Vaccination North-Western Provinces and Oudh 1896-1901 - 1896-1901
Year: 1896
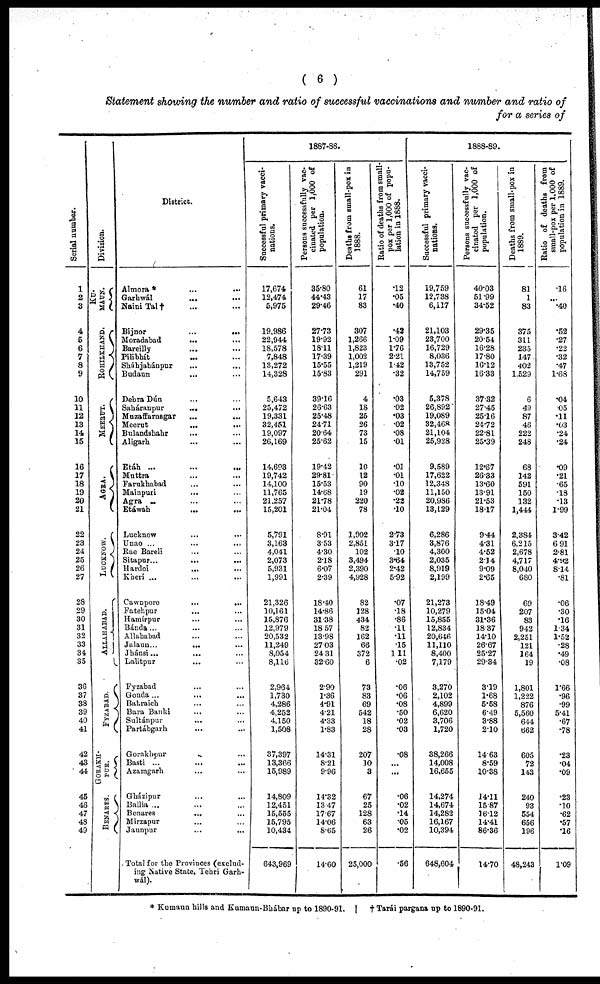
( 6 )
Statement showing the number and ratio of successful vaccinations and number and ratio of
for a series of
Serial number.
1
2
3
4
5
6
7
8
9
10
11
12
13
14
15
16
17
18
19
20
21
22
23
24
25
26
27
28
29
30
31
32
33
34
35
36
37
38
39
40
41
42
43
44
45
46
47
48
49
Division.
KU¬
MAUN.
ROHILKHAND.
MEERUT.
AGRA.
LUCKNOW.
ALLAHABAD.
FYZABAD.
GORAKH¬
PUR.
BENARES.
District.
Almora * ... ...
Garhwál
...
...
Naini Tal † ... ...
Bijnor
...
...
Moradabad
... ...
Bareilly ... ...
Pilibhít ... ...
Sháhjahánpur ... ...
Budaun ... ...
Dehra Dún ... ...
Saháranpur
... ...
Muzaffarnagar
...
...
Meerut
...
...
Bulandshahr ... ...
Aligarh ... ...
Etáh ... ... ...
Muttra ... ...
Farukhabad ... ...
Mainpuri ... ...
Agra ... ... ...
Etáwah ... ...
Lucknow ... ...
Unao ... ... ...
Rae Bareli ... ...
Sitapur... ... ...
Hardoi
... ...
Kheri ... ... ...
Cawnpore
...
...
Fatehpur
... ...
Hamírpur ... ...
Bánda ... ... ...
Allahabad ... ...
Jalaun... ... ...
Jhánsi... ... ...
Lalitpur ... ...
Fyzabad ... ...
Gonda ... ... ...
Bahraich ... ...
Bara Banki ... ...
Sultánpur ... ...
Partábgarh ... ...
Gorakhpur ...
Basti ...
... ...
Azamgarh ... ...
Gházipur ... ...
Ballia ... ... ...
Benares ... ...
Mirzapur ... ...
Jaunpur
...
...
Total for the Provinces (exclud-
ing Native State, Tehri Garh¬
wál).
1887-88.
Successful primary vacci-
nations.
17,674
12,474
5,975
19,986
22,944
18,578
7,848
13,272
14,328
5,643
25,472
19,331
32,451
19,097
26,169
14,693
19,742
14,100
11,765
21,257
15,201
5,791
3,163
4,041
2,073
5,931
1,991
21,326
10,161
15,876
12,979
20,532
11,249
8,054
8,116
2,964
1,730
4,286
4,252
4,150
1,508
37,397
13,366
15,989
14,809
12,451
15,555
15,795
10,434
643,969
Persons successfully vac-
cinated per 1,000 of
population.
35.80
44.43
29.46
27.73
19.92
18.11
17.39
15.55
15.83
39.16
26.63
25.48
24.71
20.64
25.62
19.42
29.81
15.53
14.68
21.78
21.04
8.91
3.53
4.30
2.18
6.07
2.39
18.40
14.86
31.38
18.57
13.98
27.03
24.31
32.60
2.90
1.36
4.91
4.21
4.33
1.83
14.31
8.21
9.96
14.32
13.47
17.67
14.06
8.65
14.60
Deaths from small-pox in
1888.
61
17
83
307
1,266
1,823
1,002
1,219
291
4
18
25
26
73
15
10
12
90
19
220
78
1,902
2,851
102
3,494
2,390
4,928
82
128
434
82
162
66
372
6
73
83
69
542
18
28
207
10
3
67
25
128
63
26
25,000
Ratio of deaths from small¬
pox per 1,000 of popu¬
lation in 1888.
.12
.05
.40
.42
1.09
1.76
2.21
1.42
.32
.03
.02
.03
.02
.08
.01
.01
.01
.10
.02
.22
.10
2.73
3.17
.10
3.64
2.42
5.92
.07
.18
.86
.11
.11
.15
1.11
.02
.06
.06
.08
.50
.02
.03
.08
...
...
.06
.02
.14
.05
.02
.56
1888-89.
Successful primary vacci-
nations.
19,759
12,738
6,117
21,103
23,700
16,729
8,036
13,752
14,759
5,378
26,892
19,089
32,468
21,104
25,928
9,589
17,622
12,348
11,150
20,986
13,129
6,286
3,876
4,300
2,035
8,919
2,199
21,273
10,279
15,855
12,834
20,646
11,110
8,400
7,179
3,270
2,102
4,899
6,620
3,706
1,720
38,266
14,008
16,655
14,274
14,674
14,282
16,167
10,394
648,604
Persons successfully vac-
cinated per 1,000 of
population.
40.03
51.99
34.52
29.35
20.54
16.28
17.80
16.12
16.33
37.32
27.45
25.16
24.72
22.81
25.39
12.67
26.33
13.60
13.91
21.53
18.17
9.44
4.31
4.52
2.14
9.09
2.65
18.49
15.04
31.36
18.37
14.10
26.67
25.27
29.34
3.19
1.68
5.58
6.49
3.88
2.10
14. 63
8.59
10.38
14.11
15.87
16.12
14.41
86.36
14.70
Deaths from small-pox in
1889.
81
1
83
375
311
235
147
402
1,529
6
49
87
46
222
248
68
142
591
150
132
1,444
2,384
6,215
2,678
4,717
8,040
680
69
207
83
942
2,251
121
164
19
1,801
1,222
876
5,560
644
662
605
72
143
240
93
554
656
196
48,243
Ratio of deaths from
small-pox per 1,000 of
population in 1889.
.16
...
.40
.52
.27
.22
.32
.47
1.68
.04
.05
.11
.03
.24
.24
.09
.21
.65
.18
.13
1.99
3.42
6.91
2.81
4.92
8.14
.81
.06
.30
.16
1.34
1.52
.28
.49
.08
1.66
.96
.99
5.41
.67
.78
.23
.04
.09
.23
.10
.62
.57
.16
1.09
* Kumaun hills and Kumaun-Bhábar up to 1890-91.
† Tarái pargana up to 1890-91.